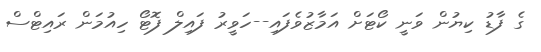
ގެ ފާޑު ކިޔުން ވަނީ ކޯޓަށް އަމާޒުވެފައި--ހަވީރު ފައިލް ފޮޓޯ ހިއުމަން ރައިޓްސް